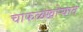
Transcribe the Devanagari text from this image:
चाफळखोऱ्यात